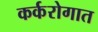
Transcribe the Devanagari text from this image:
कर्करोगात